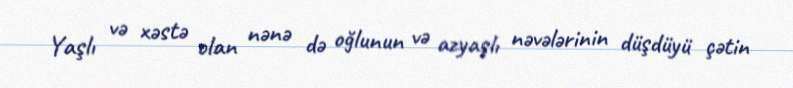
Yaşlı və xəstə olan nənə də oğlunun və azyaşlı nəvələrinin düşdüyü çətin